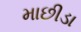
માછીડા